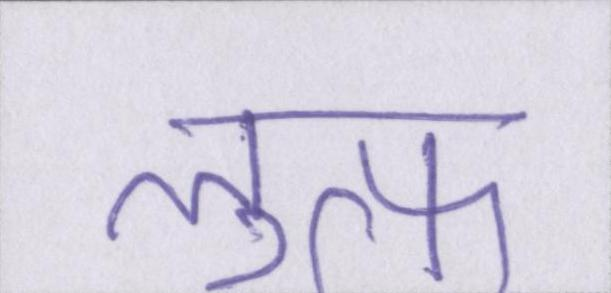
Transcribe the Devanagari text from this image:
लुत्फ